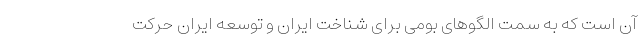
آن است که به سمت الگوهای بومی برای شناخت ایران و توسعه ایران حرکت